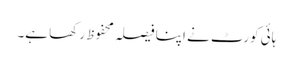
ہائی کورٹ نے اپنا فیصلہ محفوظ رکھا ہے۔